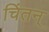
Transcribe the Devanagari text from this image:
चिंतन्